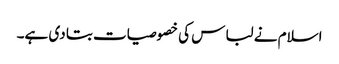
اسلام نے لباس کی خصوصیات بتا دی ہے۔